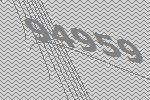
94959